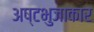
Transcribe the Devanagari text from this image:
अष्‍टभुजाकार